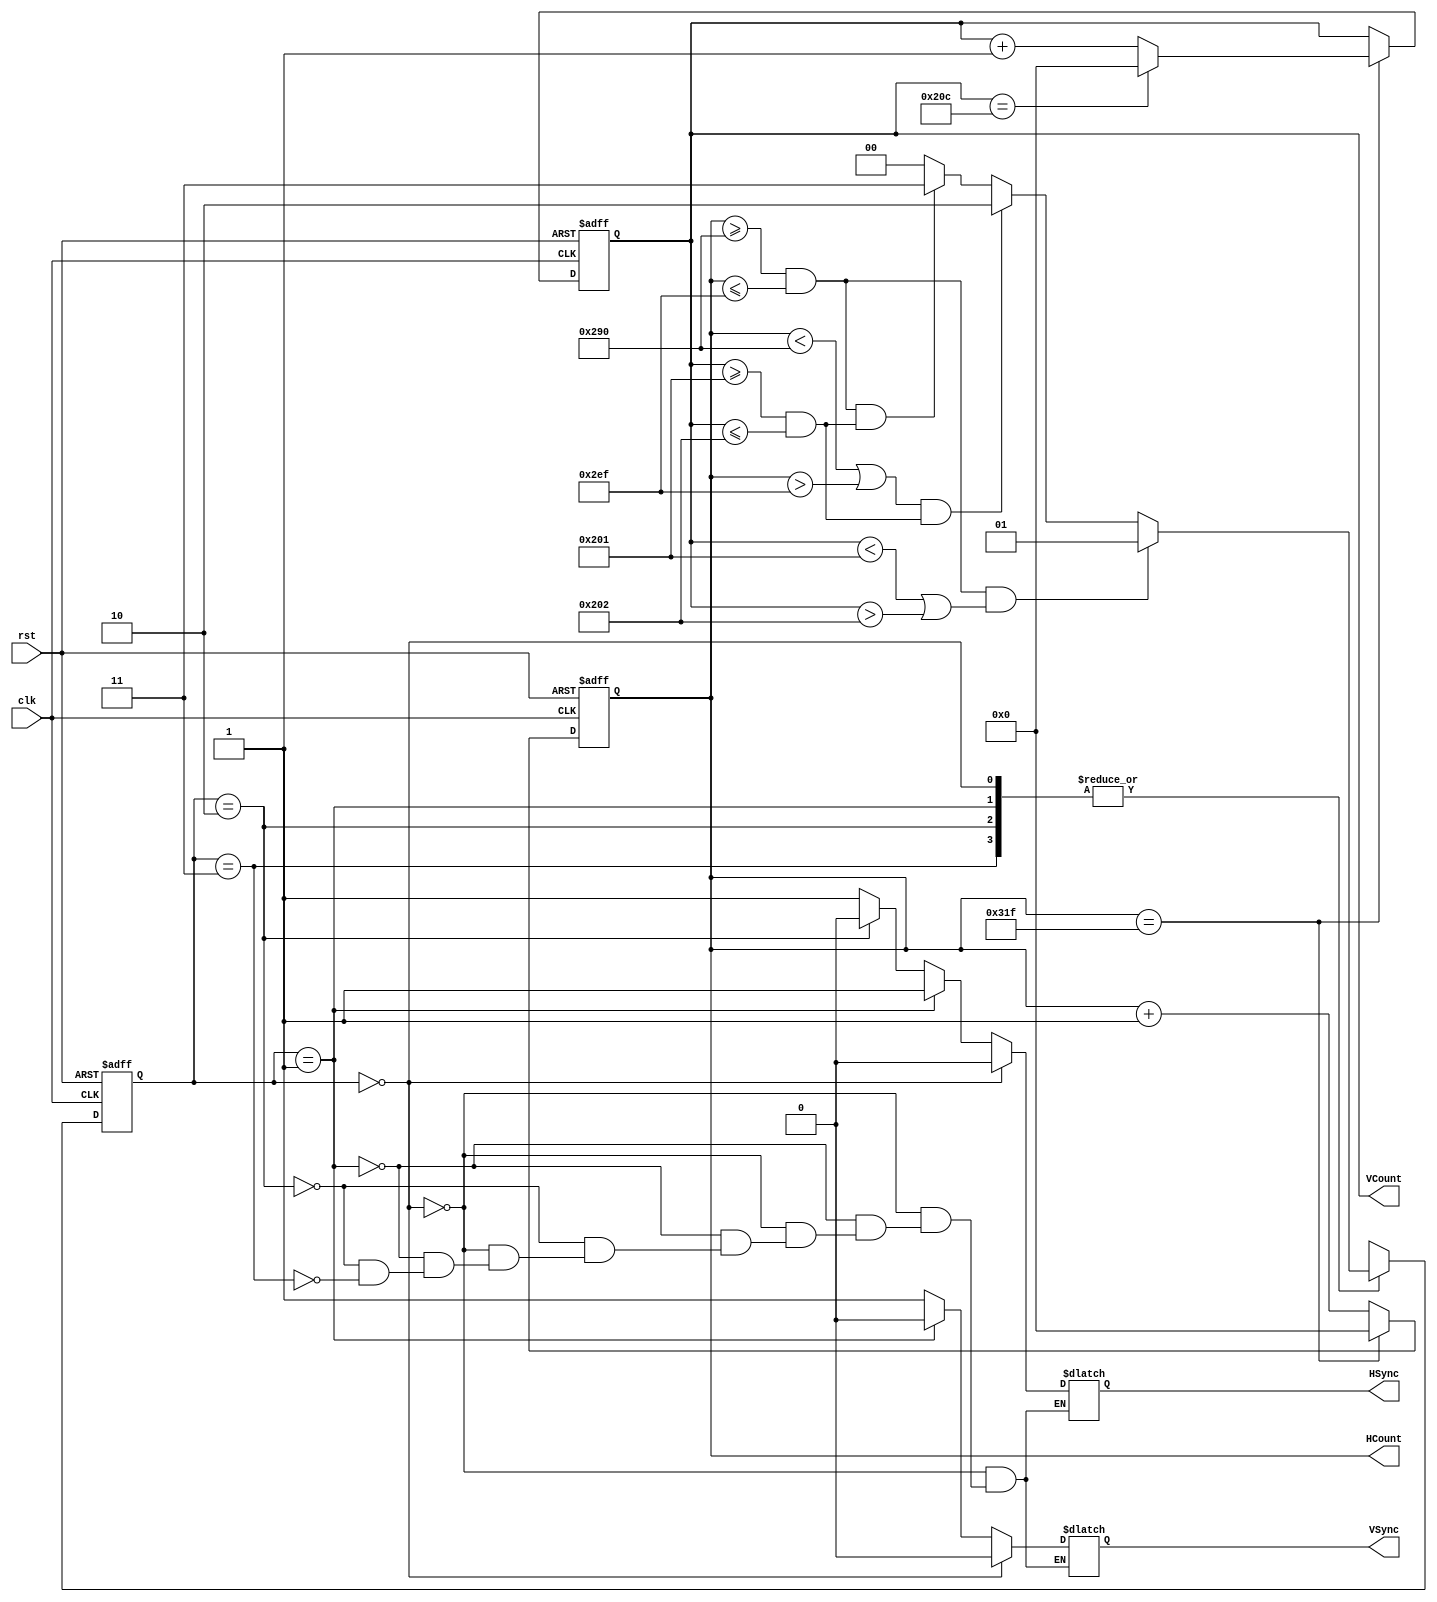
`timescale 1ns / 1ps
//////////////////////////////////////////////////////////////////////////////////
// Company: 
// Engineer: 
// 
// Design Name: 
// Module Name:    VGA_Controller 
// Project Name: 
// Target Devices: 
// Tool versions: 
// Description: 
//
// Dependencies: 
//
// Revision: 
// Revision 0.01 - File Created
// Additional Comments: 
//
//////////////////////////////////////////////////////////////////////////////////
module VGA_Controller(
    input clk,
    input rst,
	 output reg [9:0] HCount,
	 output reg [9:0] VCount,
    output reg HSync,
    output reg VSync
    );

//Dimensiones de la pantalla
localparam H_size = 640;
localparam V_size = 480;

//Bordes de la pantalla
localparam H_Front = 48;
localparam H_Back = 16;
localparam V_Front = 10;
localparam V_Back = 33;

//Retrazos
localparam H_Retrace = 96;
localparam V_Retrace = 2;

//Parametros para la comparacion en los contadores
localparam HSR = (H_size + H_Back);
localparam HSBR = (H_size + H_Back + H_Retrace - 1);
localparam VSR = (V_size + V_Back);
localparam VSBR = (V_size + V_Back + V_Retrace - 1);

//Variables del contador
reg [9:0] HCountNext, VCountNext;

//Parametros locales para la seal de salida
reg [1:0] State, StateNext;

//Estados de la seal
assign HEnd = (HCount == (H_size + H_Front + H_Back + H_Retrace - 1)); //Verifica contador Horizontal
assign VEnd = (VCount == (V_size + V_Front + V_Back + V_Retrace - 1));//Verifica contador Vertical

//Sincronizacion de contadores
always @(posedge clk, posedge rst)
begin
	if(rst)
	begin
		HCount <= 0;
		VCount <= 0;
	end
	else begin
		HCount <= HCountNext;
		VCount <= VCountNext;
	end
end

//Contadores vertical y horizontal
always @(*)
begin
	if(HEnd) HCountNext <= 0;
	else HCountNext <= HCount + 1;
end
	
always @(*)
begin
	if(HEnd) begin
		if(VEnd) VCountNext <= 0;
		else VCountNext <= VCount + 1;
	end
	else VCountNext <= VCount;
end

//Cambios de estado en la maquina
always @(State, HCount, VCount)
begin
	case(State)
		2'b00: 	if((HCount >= HSR && HCount <= HSBR) && (VCount < VSR || VCount > VSBR))
						StateNext = 2'b01;
					else if((HCount < HSR || HCount > HSBR) && (VCount >= VSR && VCount <= VSBR))
						StateNext = 2'b10;
					else if((HCount >= HSR && HCount <= HSBR) && (VCount >= VSR && VCount <= VSBR))
						StateNext = 2'b11;
					else StateNext = 2'b00;			
			
		2'b01: 	if((HCount >= HSR && HCount <= HSBR) && (VCount < VSR || VCount > VSBR))
						StateNext = 2'b01;
					else if((HCount < HSR || HCount > HSBR) && (VCount >= VSR && VCount <= VSBR))
						StateNext = 2'b10;
					else if((HCount >= HSR && HCount <= HSBR) && (VCount >= VSR && VCount <= VSBR))
						StateNext = 2'b11;
					else StateNext = 2'b00;	
			
		2'b10: 	if((HCount >= HSR && HCount <= HSBR) && (VCount < VSR || VCount > VSBR))
						StateNext = 2'b01;
					else if((HCount < HSR || HCount > HSBR) && (VCount >= VSR && VCount <= VSBR))
						StateNext = 2'b10;
					else if((HCount >= HSR && HCount <= HSBR) && (VCount >= VSR && VCount <= VSBR))
						StateNext = 2'b11;
					else StateNext = 2'b00;	
			
		2'b11:	if((HCount >= HSR && HCount <= HSBR) && (VCount < VSR || VCount > VSBR))
						StateNext = 2'b01;
					else if((HCount < HSR || HCount > HSBR) && (VCount >= VSR && VCount <= VSBR))
						StateNext = 2'b10;
					else if((HCount >= HSR && HCount <= HSBR) && (VCount >= VSR && VCount <= VSBR))
						StateNext = 2'b11;
					else StateNext = 2'b00;	
			
		default: StateNext = 2'b00;
	endcase
end

//Sincronizacion de estados
always @(negedge clk or posedge rst) begin
	if (rst == 1) State = 0;
	else begin State = StateNext; end
end

//Seales de salida y actualizacion de estados
always @(State) begin
	if(State == 0) begin HSync = 0; VSync = 0; end
	else if(State == 1) begin HSync = 1; VSync = 0; end
	else if(State == 2) begin HSync = 0; VSync = 1; end
	else if(State == 3) begin HSync = 1; VSync = 1; end
end

endmodule